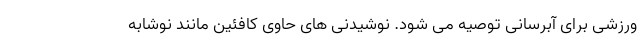
ورزشی برای آبرسانی توصیه می شود. نوشیدنی های حاوی کافئین مانند نوشابه